Insane asylums in Bengal annual reports 1867-1875 - 1867-1875
Year: 1867
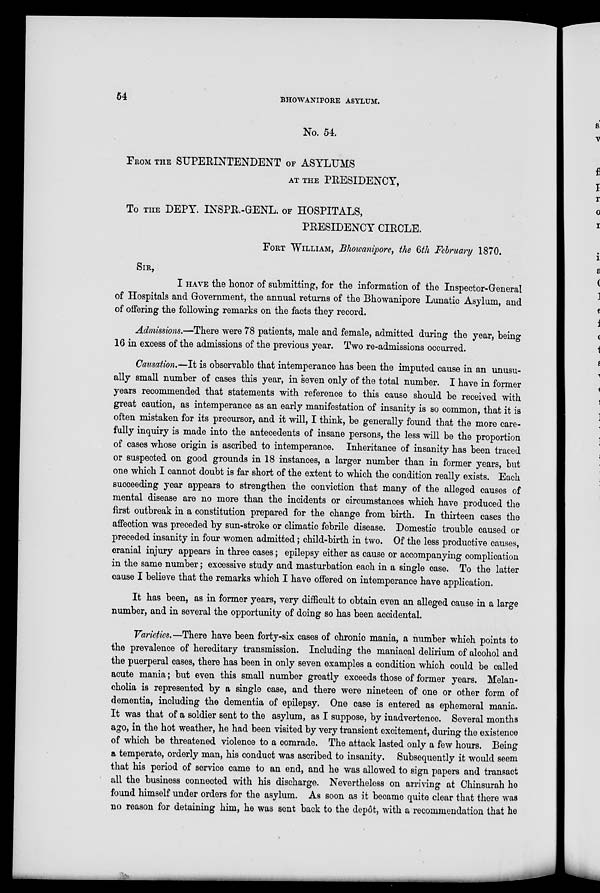
54
BHOWANIPORE ASYLUM.
No. 54.
FROM THE SUPERINTENDENT OF ASYLUMS
AT THE PRESIDENCY,
To THE DEPY. INSPR.-GENL. OF HOSPITALS,
PRESIDENCY CIRCLE.
FORT WILLIAM, Bhowanipore, the 6th February 1870.
SIR,
I HAVE the honor of submitting, for the information of the Inspector-General
of Hospitals and Government, the annual returns of the Bhowanipore Lunatic Asylum, and
of offering the following remarks on the facts they record.
Admissions.—There were 78 patients, male and female, admitted during the year, being
16 in excess of the admissions of the previous year. Two re-admissions occurred.
Causation.—It is observable that intemperance has been the imputed cause in an unusu-
ally small number of cases this year, in seven only of the total number. I have in former
years recommended that statements with reference to this cause should be received with
great caution, as intemperance as an early manifestation of insanity is so common, that it is
often mistaken for its precursor, and it will, I think, be generally found that the more care-
fully inquiry is made into the antecedents of insane persons, the less will be the proportion
of cases whose origin is ascribed to intemperance. Inheritance of insanity has been traced
or suspected on good grounds in 18 instances, a larger number than in former years, but
one which I cannot doubt is far short of the extent to which the condition really exists. Each
succeeding year appears to strengthen the conviction that many of the alleged causes of
mental disease are no more than the incidents or circumstances which have produced the
first outbreak in a constitution prepared for the change from birth. In thirteen cases the
affection was preceded by sun-stroke or climatic febrile disease. Domestic trouble caused or
preceded insanity in four women admitted; child-birth in two. Of the less productive causes,
cranial injury appears in three cases; epilepsy either as cause or accompanying complication
in the same number; excessive study and masturbation each in a single case. To the latter
cause I believe that the remarks which I have offered on intemperance have application.
It has been, as in former years, very difficult to obtain even an alleged cause in a large
number, and in several the opportunity of doing so has been accidental.
Varieties.—There have been forty-six cases of chronic mania, a number which points to
the prevalence of hereditary transmission. Including the maniacal delirium of alcohol and
the puerperal cases, there has been in only seven examples a condition which could be called
acute mania; but even this small number greatly exceeds those of former years. Melan-
cholia is represented by a single case, and there were nineteen of one or other form of
dementia, including the dementia of epilepsy. One case is entered as ephemeral mania.
It was that of a soldier sent to the asylum, as I suppose, by inadvertence. Several months
ago, in the hot weather, he had been visited by very transient excitement, during the existence
of which be threatened violence to a comrade. The attack lasted only a few hours. Being
a temperate, orderly man, his conduct was ascribed to insanity. Subsequently it would seem
that his period of service came to an end, and he was allowed to sign papers and transact
all the business connected with his discharge. Nevertheless on arriving at Chinsurah he
found himself under orders for the asylum. As soon as it became quite clear that there was
no reason for detaining him, he was sent back to the depôt, with a recommendation that he